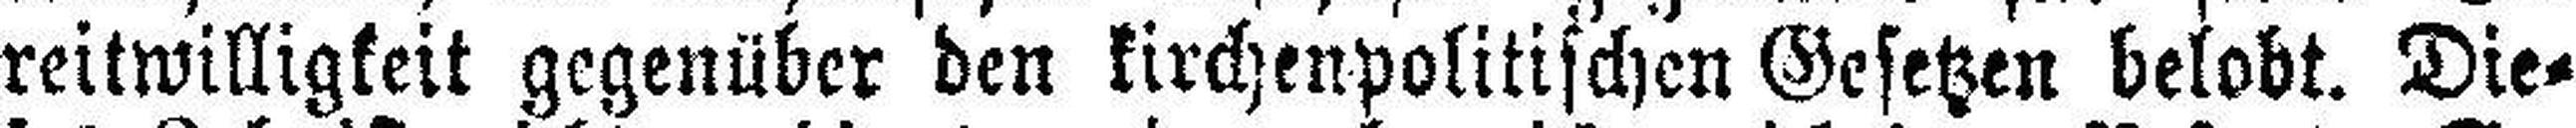
reitwilligkeit gegenüber den kirchenpolitischen Gesetzen belobt. Die¬